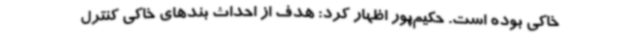
خاکی بوده است. حکیم‌پور اظهار کرد: هدف از احداث بندهای خاکی کنترل